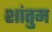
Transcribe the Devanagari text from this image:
शांतुम